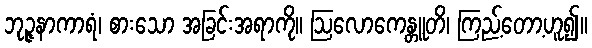
ဘုဉ္ဇနာကာရံ၊ စားသော အခြင်းအရာကို။ ဩလောကေန္တူတိ၊ ကြည့်တော့ဟူ၍။